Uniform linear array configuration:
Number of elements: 48
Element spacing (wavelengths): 0.5
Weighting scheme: hann
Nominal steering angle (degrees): -45
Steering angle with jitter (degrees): -46.35
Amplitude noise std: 0.05
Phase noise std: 0.05

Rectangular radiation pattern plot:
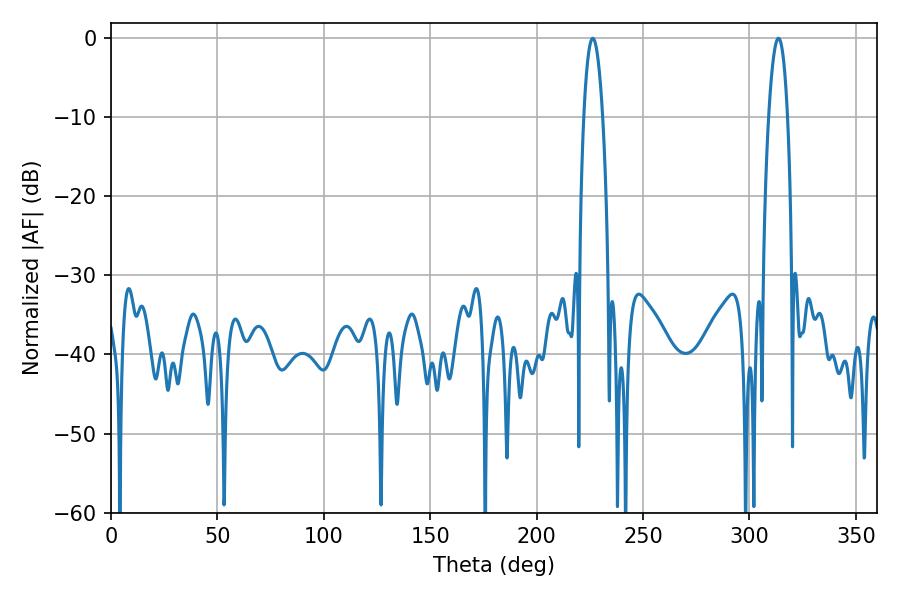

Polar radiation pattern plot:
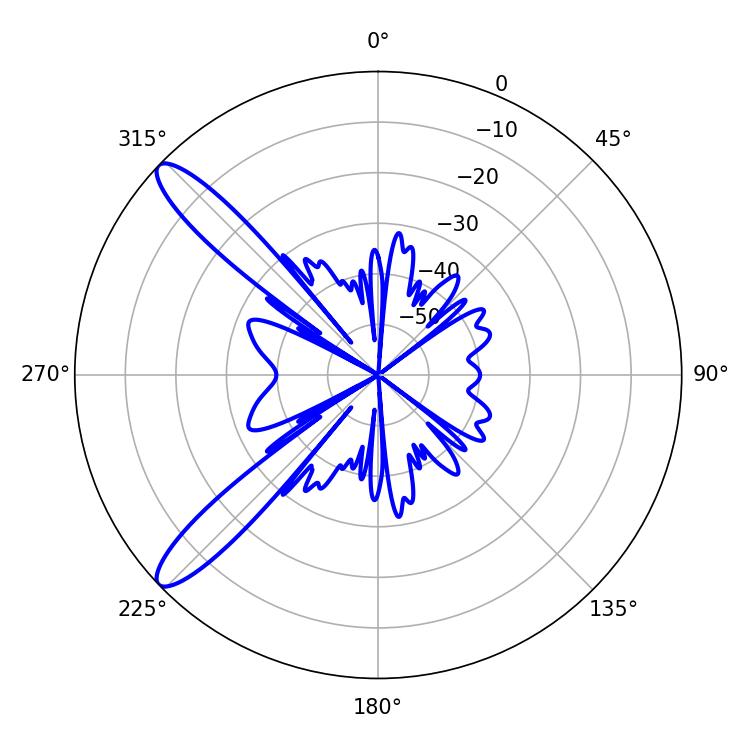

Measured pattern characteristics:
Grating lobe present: FALSE
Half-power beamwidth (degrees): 5.04
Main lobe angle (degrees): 226.44